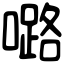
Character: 𡀔